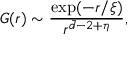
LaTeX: G ( r ) \sim \frac { \exp ( - r / \xi ) } { r ^ { \bar { d } - 2 + \eta } } ,